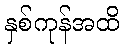
နှစ်ကုန်အထိ